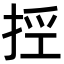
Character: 𢭊